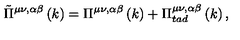
\tilde { \Pi } ^ { \mu \nu , \alpha \beta } \left( k \right) = \Pi ^ { \mu \nu , \alpha \beta } \left( k \right) + \Pi _ { t a d } ^ { \mu \nu , \alpha \beta } \left( k \right) ,